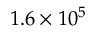
1 . 6 \times 1 0 ^ { 5 }